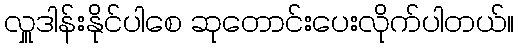
လှူဒါန်းနိုင်ပါစေ ဆုတောင်းပေးလိုက်ပါတယ်။